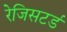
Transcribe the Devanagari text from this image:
रेजिसटर्ड